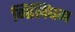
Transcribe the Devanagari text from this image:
गिलिंघम